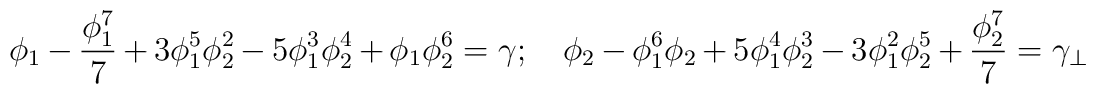
\phi_1-\frac{\phi_1^7}{7}+3 \phi_1^5 \phi_2^2- 5 \phi_1^3 \phi_2^4+ \phi_1 \phi_2^6=\gamma;\hspace{0.4cm} \phi_2 - \phi_1^6 \phi_2 +5 \phi_1^4 \phi_2^3 -3\phi_1^2 \phi_2^5+\frac{\phi_2^7}{7} =\gamma_\perp